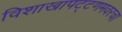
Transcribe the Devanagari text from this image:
विशाखापट्टणमवरचा